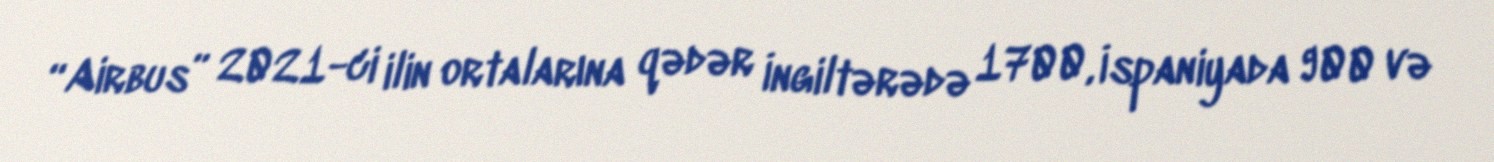
“Airbus” 2021-ci ilin ortalarına qədər İngiltərədə 1700, İspaniyada 900 və